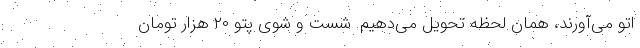
اتو می‌آورند، همان لحظه تحویل می‌دهیم. شست و شوی پتو ۲۰ هزار تومان